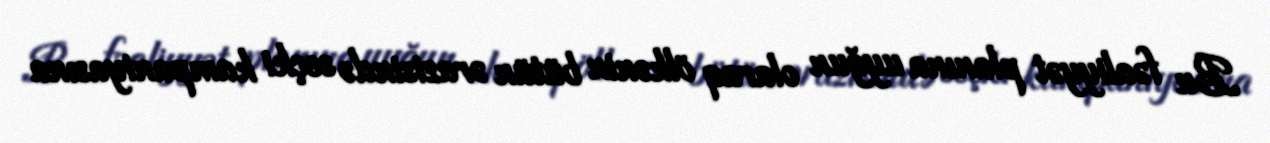
Bu fəaliyyət planına uyğun olaraq ölkənin bütün ərazisində seçki kampaniyasına